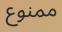
ممنوع